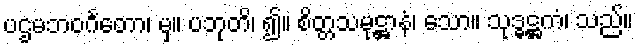
ပဌမဘဝင်္ဂတော၊ မှ။ ပဘုတိ၊ ၍။ စိတ္တသမုဋ္ဌာနံ၊ သော။ သုဒ္ဓဋ္ဌကံ၊ သည်။